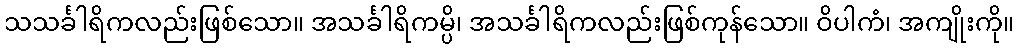
သသင်္ခါရိကလည်းဖြစ်သော။ အသင်္ခါရိကမ္ပိ၊ အသင်္ခါရိကလည်းဖြစ်ကုန်သော။ ဝိပါကံ၊ အကျိုးကို။